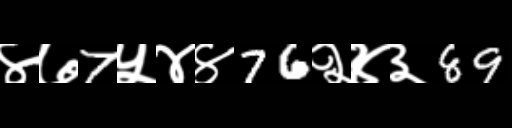
Text: ४७7५४४76२४३89